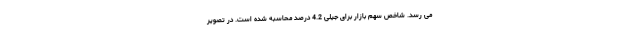
می رسد. شاخص سهم بازار برای جیلی 4.2 درصد محاسبه شده است. در تصویر